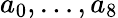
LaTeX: a_{0},\ldots,a_{8}